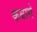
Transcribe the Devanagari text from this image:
कबाये